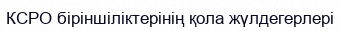
КСРО біріншіліктерінің қола жүлдегерлері